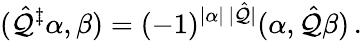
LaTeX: (\hat{\cal Q}^{\ddagger}\alpha,\beta)=(-1)^{|\alpha|\, |\hat{\cal Q}|}(\alpha,\hat{\cal Q}\beta)\, .